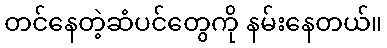
တင်နေတဲ့ဆံပင်တွေကို နမ်းနေတယ်။